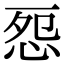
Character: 㤪